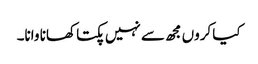
کیا کروں مجھ سے نہیں پکتا کھانا وانا۔